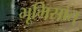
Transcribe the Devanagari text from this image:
भूमिसात्